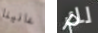
عانينا لك